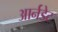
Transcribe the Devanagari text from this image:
आर्नडेट